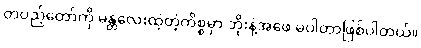
တပည့်တော်ကို မန္တလေးထဲ့တဲ့ကိစ္စမှာ ဘိုးနဲ့အဖေ မပါတာဖြစ်ပါတယ်။